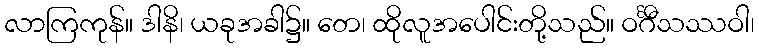
လာကြကုန်။ ဒါနိ၊ ယခုအခါ၌။ တေ၊ ထိုလူအပေါင်းတို့သည်။ ဝင်္ဂီသဿဝါ၊